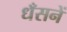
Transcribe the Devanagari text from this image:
धँसनें